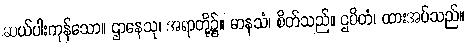
ဆယ်ပါးကုန်သော။ ဌာနေသု၊ အရာတို့၌။ မာနသံ၊ စိတ်သည်။ ဌပိတံ၊ ထားအပ်သည်။